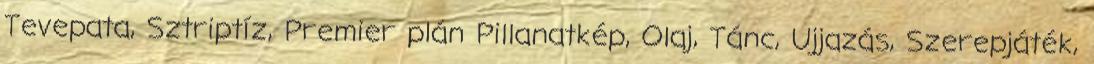
Tevepata, Sztriptíz, Premier plán Pillanatkép, Olaj, Tánc, Ujjazás, Szerepjáték,